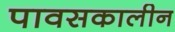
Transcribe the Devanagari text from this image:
पावसकालीन